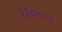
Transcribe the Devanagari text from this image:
२३००००